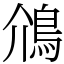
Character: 䲸